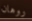
روهان